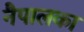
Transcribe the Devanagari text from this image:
नैपालका